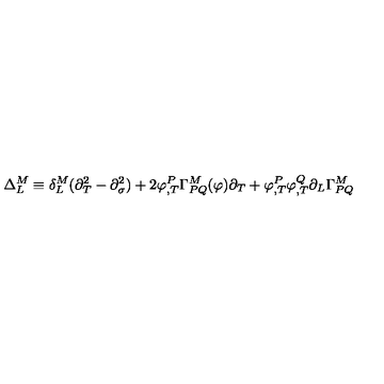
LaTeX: \Delta _ { L } ^ { M } \equiv \delta _ { L } ^ { M } ( \partial _ { T } ^ { 2 } - \partial _ { \sigma } ^ { 2 } ) + 2 \varphi _ { , T } ^ { P } \Gamma _ { P Q } ^ { M } ( \varphi ) \partial _ { T } + \varphi _ { , T } ^ { P } \varphi _ { , T } ^ { Q } \partial _ { L } \Gamma _ { P Q } ^ { M }